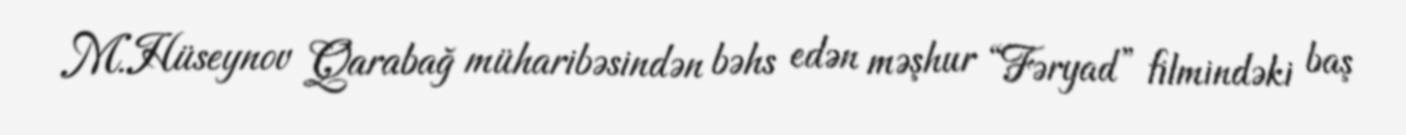
M.Hüseynov Qarabağ müharibəsindən bəhs edən məşhur “Fəryad” filmindəki baş